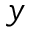
y